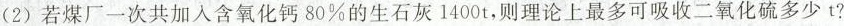
(2)若煤厂一次共加入含氧化钙80%的生石灰1400t，则理论上最多可吸收二氧化硫多少t?